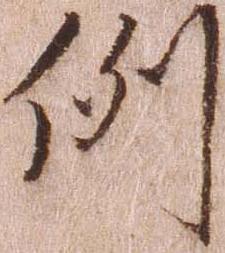
例